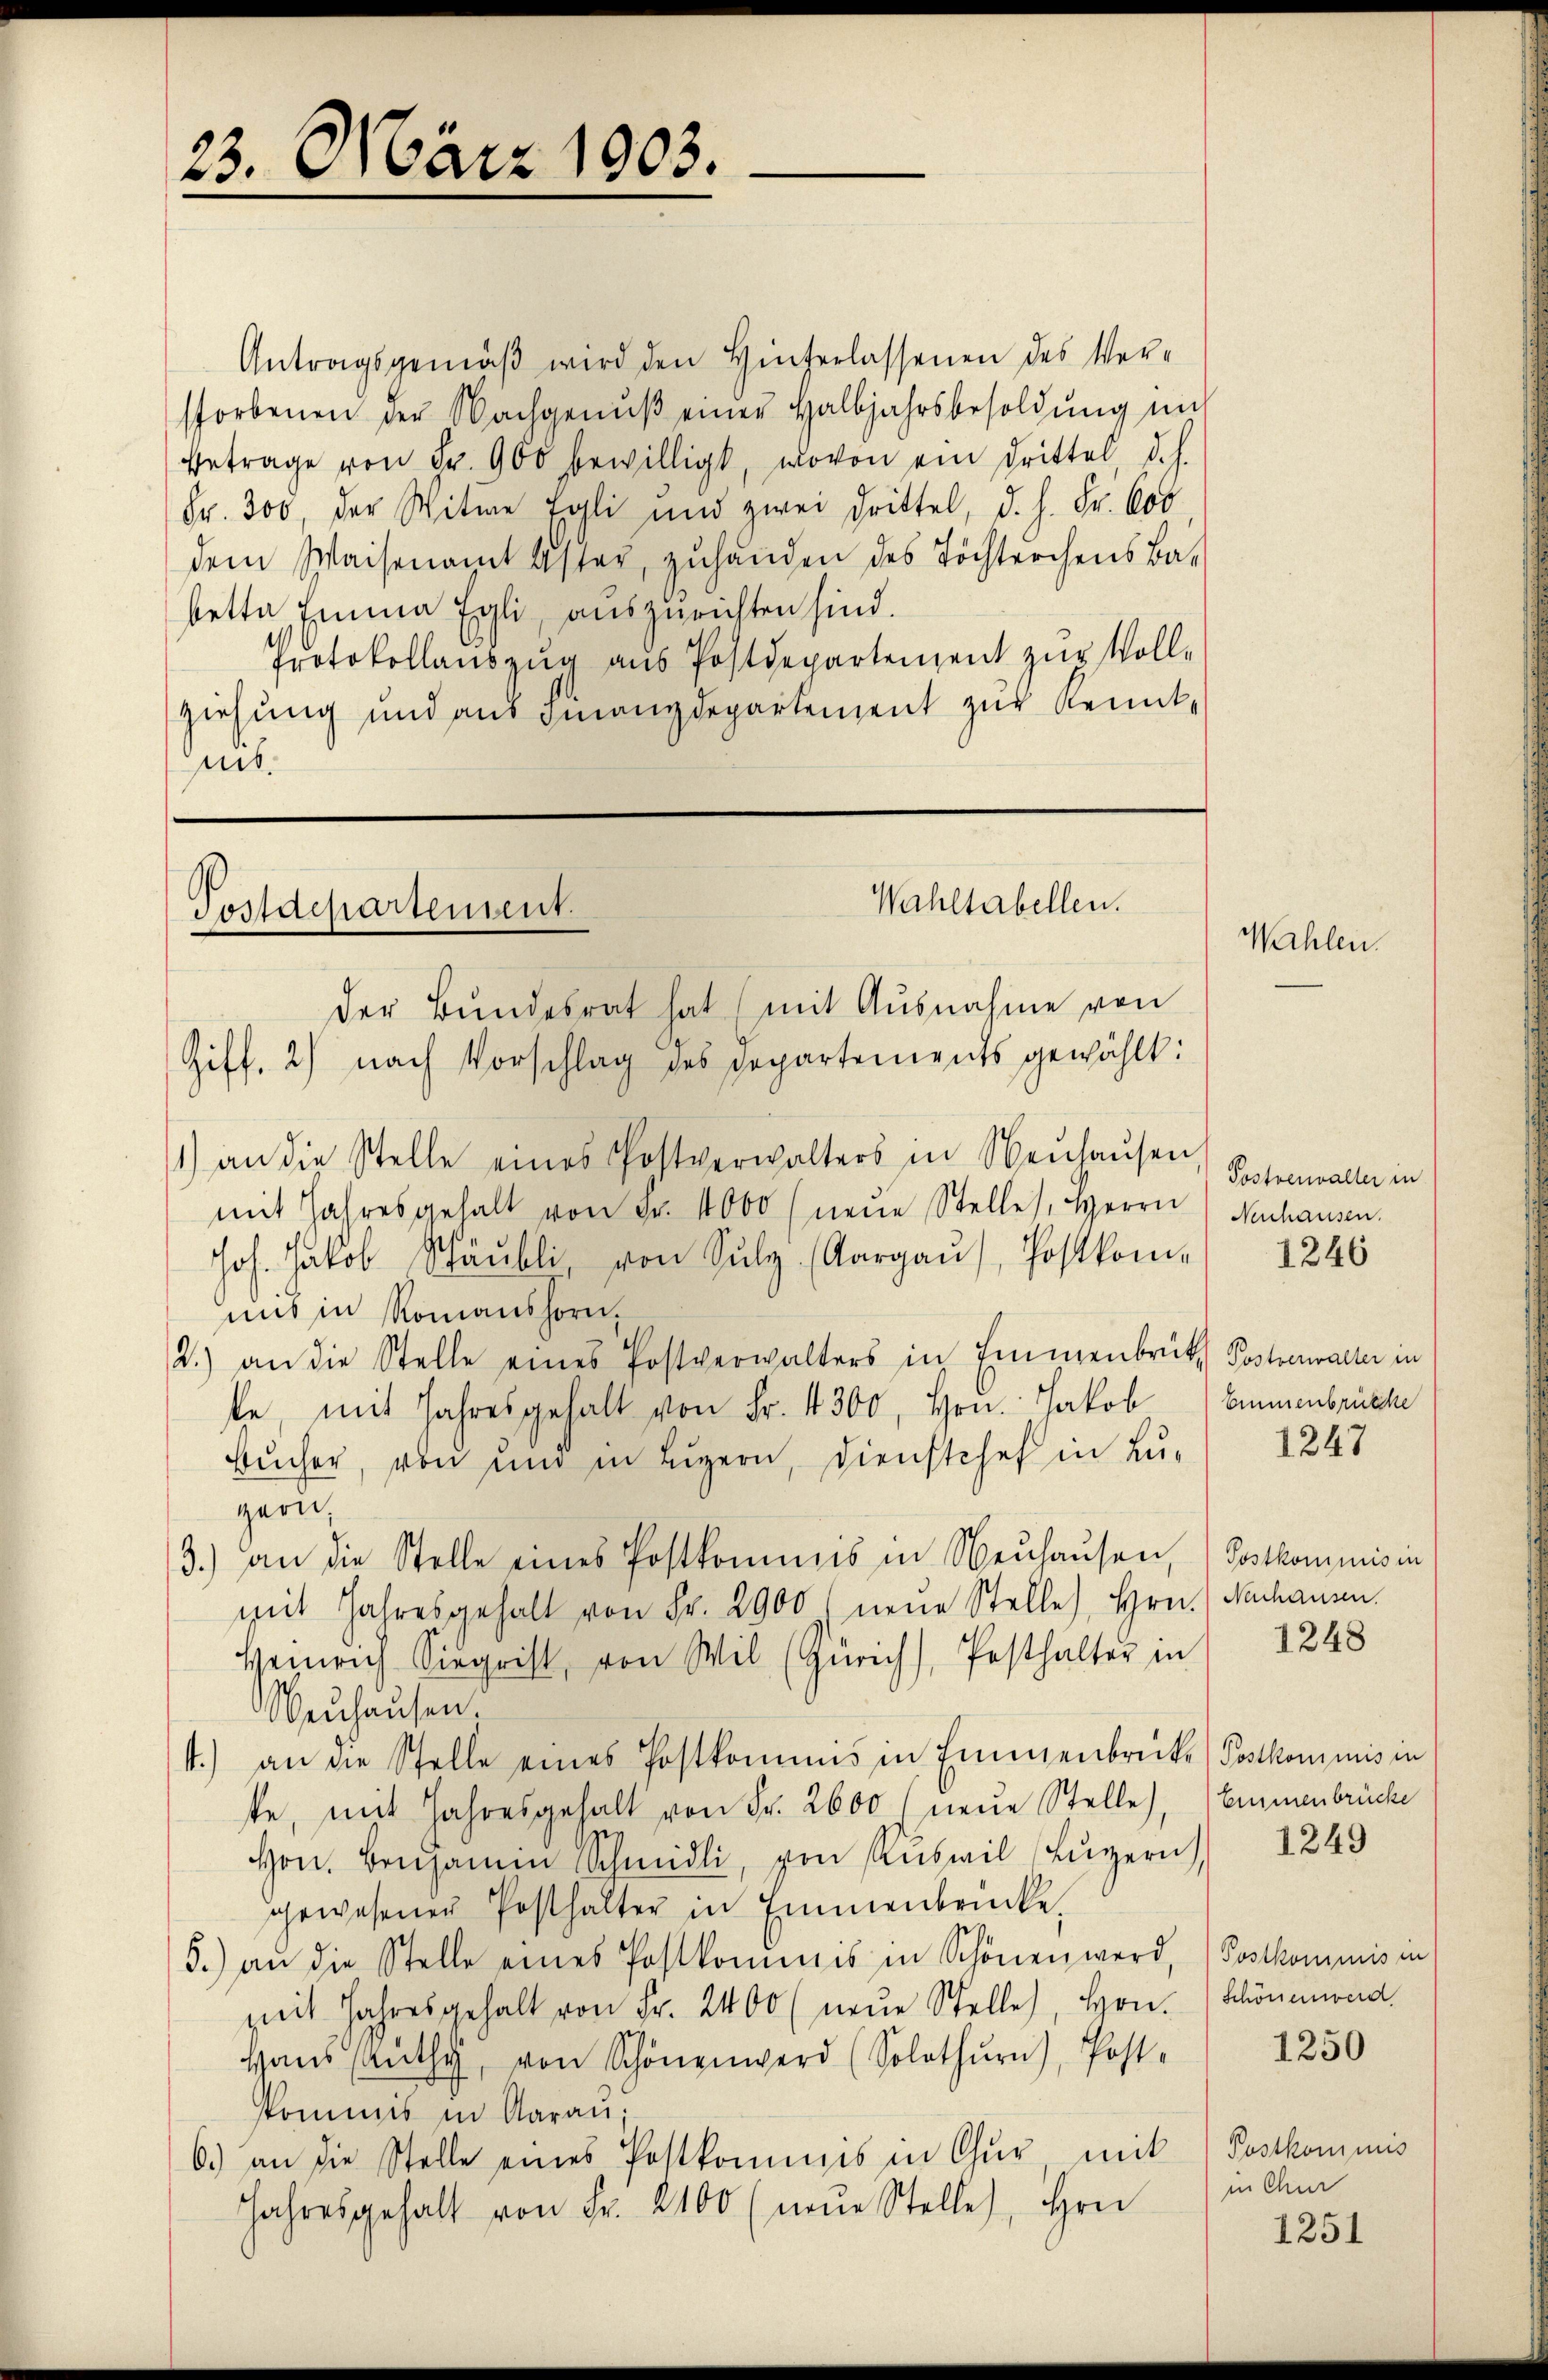
23. März 1903.

Antragsgemäβ wird den Hinterlassenen des Ver-
storbenen der Nachgenŭβ einer Halbjahrsbesoldŭng nich
Betrage von Fr. 900 bewilligt, wovon ein Drittel d. h.
Fr. 300, der Witwe Egli und zwei Drittel, d. h. Fr. Coo
dem Waisenamt Uster, zŭhanden des Töchterchens Ba-
betta Emma Egli, auszurichten sind.
Protokollauszug aus Postdepartement zur Voll-
ziehung und aus Finanzdepartement zur Kenntmit.

Wahltabellen.
Postdepartensent.
der Bundesrat hat (mit Ausnahme von

Ziff. 2) nach Vorschlag des Departements gewählt:
1) an die Stelle eines Postverwalters in Neuhausen
mit Jahresgehalt von Fr. 1000 (neŭe Stelles, Herrn Nachausen,
Joh. Jakob Schäŭbli von Sulz. (Aargaŭs, Postkom-
und in Romanshorn,
2.) an die Stelle eines Postverwalters in Emmenbrük Postverwalter in
ke, mit Jahresgehalt von Fr. 4300, Hrn. Jakob
sŭcher, von und in Lŭzern, dienstchef in Lu-
zern,
3.) an die Stelle eines Postkommis in Neuhausen, Postkommnis in
mit Jahresgehalt von Fr. 2900 neue Stelle), Hrn. Nachausen.
Heinrich Siegrist, von Wil (Zürich), Pesthalter in
Neuhausen
1.) an die Stelle eines Postkommis in Emmenbrücke) Postkommnis in
te, mit Jahresgehalt von Fr. 2600 (neue Stelle), Emmenbrücke
e
Hrn. Beisamen Nachmidli, von Ruswil (Luzern,
gewesener Posthalter in Emmenbrücke.
5.) an die Stelle eines Postkommnis in Schönen werd, Postkommis in
mit Jahresgehalt von Fr. 2400 (neŭe Stelle, Hrn. Schönenward
Haŭs Lüthy, von Schönenwerd (Solothŭrn), Post-
kommis in Aarau
6.) an die Stelle eines Postkommis in Chur mit Postkommis
Hrn
Jahresgehalt von Fr. 200 (neŭe Stelle

Wahlen.

Postverwalter in

1246

Emmenbrücke

1247

1248

1249

1250

in Chur

1251